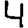
Digit: 4